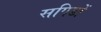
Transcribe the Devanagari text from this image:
सपिडों